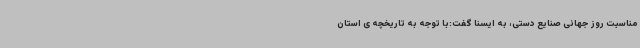
مناسبت روز جهانی صنایع دستی، به ایسنا گفت:با توجه به تاریخچه ی استان